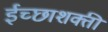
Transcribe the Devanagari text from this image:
ईच्छाशक्ती